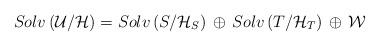
LaTeX: \begin{align*}Solv \left( {\cal U}/{\cal H} \right) = Solv \left( { S}/{\cal H}_S \right)\, \oplus \, Solv \left( { T}/{\cal H}_T \right) \,\oplus \, {\cal W}\end{align*}